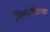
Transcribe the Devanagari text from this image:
सिमांतीकरण